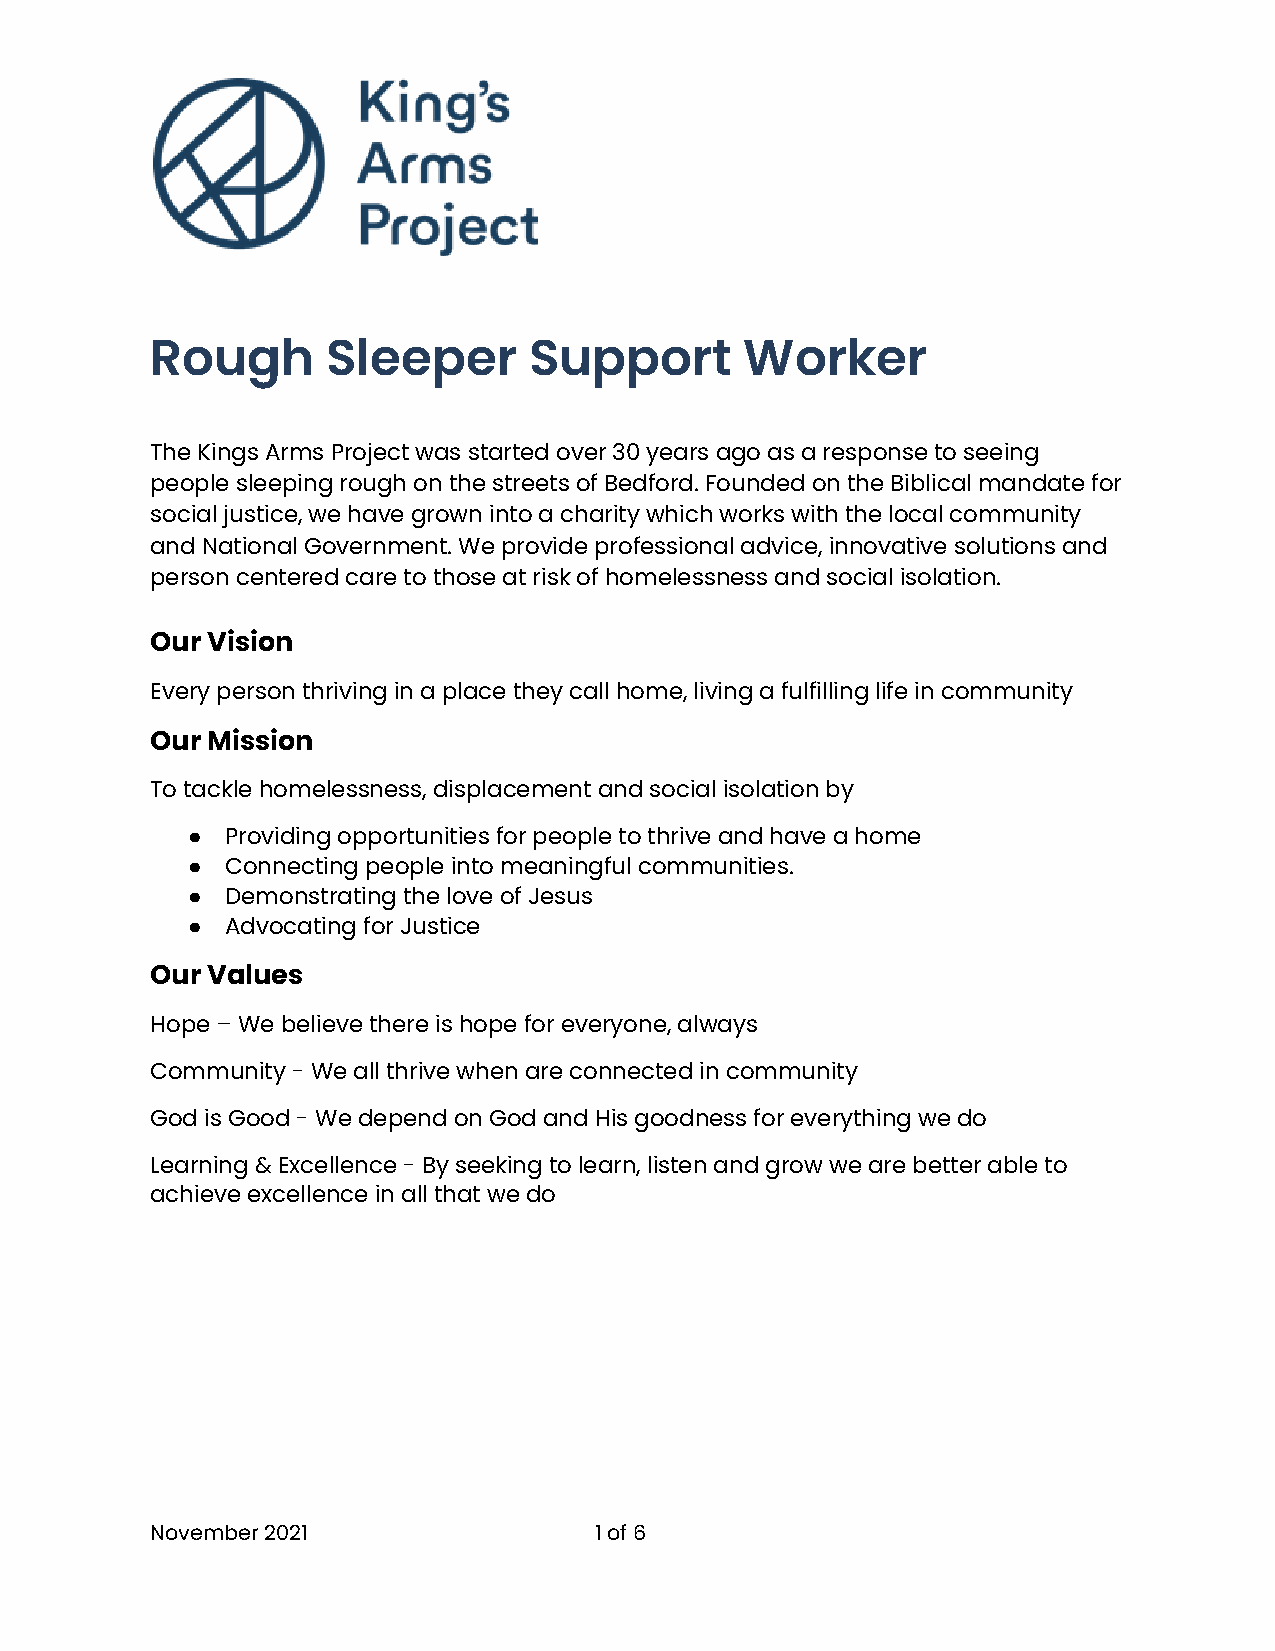
Rough       Sleeper      Support       Worker
 The Kings Arms Project was started over 30 years ago as a response to seeing
 people sleeping rough on the streets of Bedford. Founded on the Biblical mandate for
 social justice, we have grown into a charity which works with the local community
 and National Government. We provide professional advice, innovative solutions and
 person centered care to those at risk of homelessness and social isolation.
 Our Vision
 Every person thriving in a place they call home, living a fulfilling life in community
 Our Mission
 To tackle homelessness, displacement and social isolation by
 ●  Providing opportunities for people to thrive and have a home
 ●  Connecting people into meaningful communities.
 ●  Demonstrating the love of Jesus
 ●  Advocating for Justice
 Our Values
 Hope – We believe there is hope for everyone, always
 Community - We all thrive when are connected in community
 God is Good - We depend on God and His goodness for everything we do
 Learning & Excellence - By seeking to learn, listen and grow we are better able to
 achieve excellence in all that we do
 November 2021                1of 6